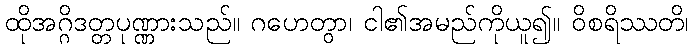
ထိုအဂ္ဂိဒတ္တပုဏ္ဏားသည်။ ဂဟေတွာ၊ ငါ၏အမည်ကိုယူ၍။ ဝိစရိဿတိ၊